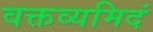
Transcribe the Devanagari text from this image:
वक्तव्यमिदं